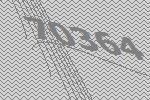
70364